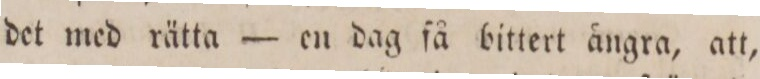
det med rätta — en dag få bittert ängra, att,